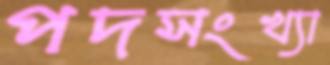
পদসংখ্যা